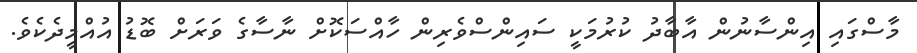
މާސްގައި އިންސާނުން އާބާދު ކުރުމަކީ ސައިންސްވެރިން ހާއްސަކޮށް ނާސާގެ ވަރަށް ބޮޑު އުއްމީދެކެވެ.